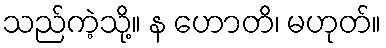
သည်ကဲ့သို့။ န ဟောတိ၊ မဟုတ်။